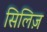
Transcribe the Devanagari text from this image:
सिलिज़